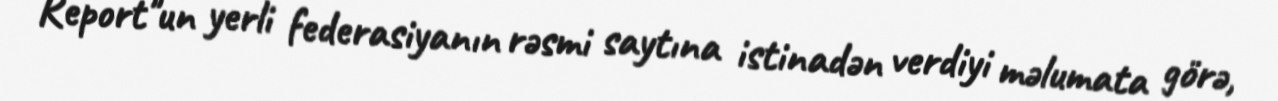
Report"un yerli federasiyanın rəsmi saytına istinadən verdiyi məlumata görə,